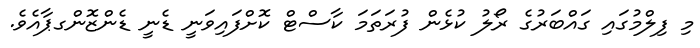
މި ފިލްމުގައި ގައްބަރުގެ ރޯލު ކުޅެން ފުރަތަމަ ކާސްޓް ކޮށްފައިވަނީ ޑެނީ ޑެންޒޮންގޕާއެވެ.